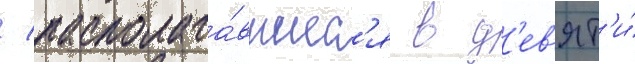
/ располага́вшиес'я в д'ев'ят'и́